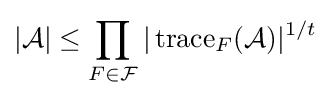
{\mathcal {|}}{\mathcal {A}}|\leq \prod _{F\in {\mathcal {F}}}|\operatorname {trace} _{F}({\mathcal {A}})|^{1/t}